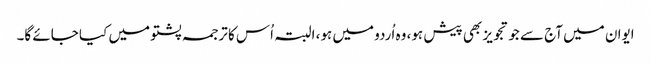
ایوان میں آج سے جو تجویز بھی پیش ہو، وہ اُردو میں ہو، البتہ اُس کا ترجمہ پشتو میں کیا جائے گا۔